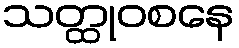
သတ္ထုဝစနေ